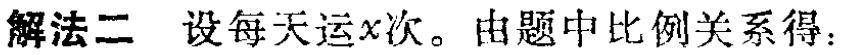
解法二 设每天运\(x\)次。由题中比例关系得：